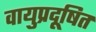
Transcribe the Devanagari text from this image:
वायुप्रदूषित